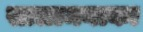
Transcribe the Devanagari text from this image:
सालामनाका